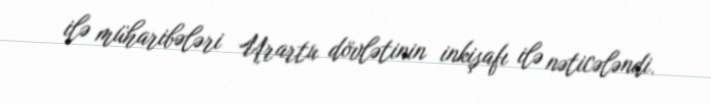
ilə müharibələri Urartu dövlətinin inkişafı ilə nəticələndi.